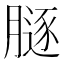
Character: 𦟥